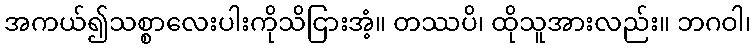
အကယ်၍သစ္စာလေးပါးကိုသိငြားအံ့။ တဿပိ၊ ထိုသူအားလည်း။ ဘဂဝါ၊